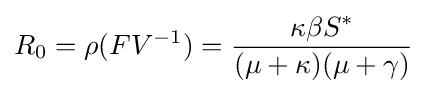
R_{0}=\rho (FV^{-1})={\frac {\kappa \beta S^{*}}{(\mu +\kappa )(\mu +\gamma )}}